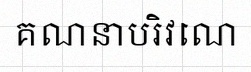
គណនាបរិវេណ